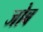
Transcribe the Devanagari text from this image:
जोब